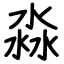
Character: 淼